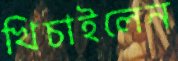
খিচাইলেন